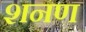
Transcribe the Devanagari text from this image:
शनण